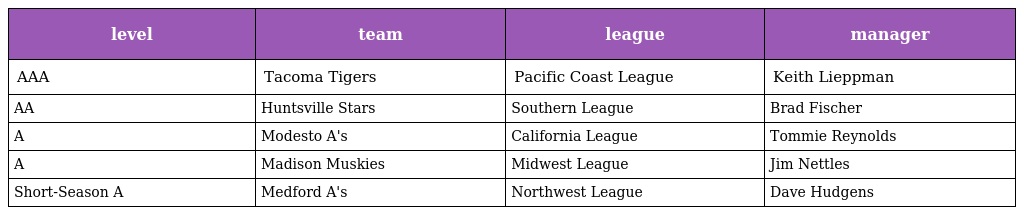
| level | team | league | manager |
 | --- | --- | --- | --- |
 | AAA | Tacoma Tigers | Pacific Coast League | Keith Lieppman |
 | AA | Huntsville Stars | Southern League | Brad Fischer |
 | A | Modesto A's | California League | Tommie Reynolds |
 | A | Madison Muskies | Midwest League | Jim Nettles |
 | Short-Season A | Medford A's | Northwest League | Dave Hudgens |